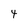
Character: 4